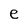
Character: e